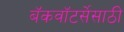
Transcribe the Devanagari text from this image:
बॅकवॉटर्सेसाठी